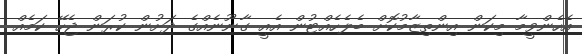
އެހެންވީމާ މިކަން އިންތިޒާމުކޮށް ބެލެހެއްޓުން އެއީ ގާނޫނެއްގެ ދަށުން ކުރަން ޖެހޭ ކަމެއް